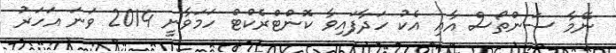
ނޭމާ ސަންތޯސް އާއި އެކު ހަދާފައިވާ ކޮންޓްރެކްޓް ހަމަވާނީ 2014 ވަނަ އަހަރު